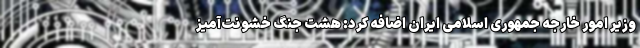
وزیر امور خارجه جمهوری اسلامی ایران اضافه کرد: هشت جنگ خشونت‌آمیز